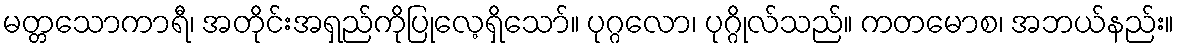
မတ္တသောကာရီ၊ အတိုင်းအရှည်ကိုပြုလေ့ရှိသော်။ ပုဂ္ဂလော၊ ပုဂ္ဂိုလ်သည်။ ကတမောစ၊ အဘယ်နည်း။